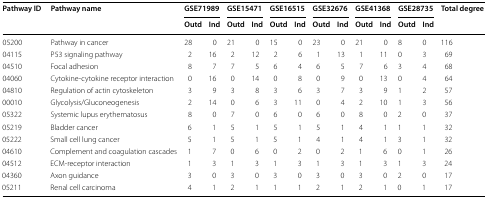
<table><thead><tr><td rowspan="2"><b>Pathway ID</b></td><td rowspan="2"><b>Pathway name</b></td><td colspan="2"><b>GSE71989</b></td><td colspan="2"><b>GSE15471</b></td><td colspan="2"><b>GSE16515</b></td><td colspan="2"><b>GSE32676</b></td><td colspan="2"><b>GSE41368</b></td><td colspan="2"><b>GSE28735</b></td><td rowspan="2"><b>Total degree</b></td></tr><tr><td><b>Outd</b></td><td><b>Ind</b></td><td><b>Outd</b></td><td><b>Ind</b></td><td><b>Outd</b></td><td><b>Ind</b></td><td><b>Outd</b></td><td><b>Ind</b></td><td><b>Outd</b></td><td><b>Ind</b></td><td><b>Outd</b></td><td><b>Ind</b></td></tr></thead><tbody><tr><td>05200</td><td>Pathway in cancer</td><td>28</td><td>0</td><td>21</td><td>0</td><td>15</td><td>0</td><td>23</td><td>0</td><td>21</td><td>0</td><td>8</td><td>0</td><td>116</td></tr><tr><td>04115</td><td>P53 signaling pathway</td><td>2</td><td>16</td><td>2</td><td>12</td><td>2</td><td>6</td><td>1</td><td>13</td><td>1</td><td>11</td><td>0</td><td>3</td><td>69</td></tr><tr><td>04510</td><td>Focal adhesion</td><td>8</td><td>7</td><td>7</td><td>5</td><td>6</td><td>4</td><td>6</td><td>5</td><td>7</td><td>6</td><td>3</td><td>4</td><td>68</td></tr><tr><td>04060</td><td>Cytokine-cytokine receptor interaction</td><td>0</td><td>16</td><td>0</td><td>14</td><td>0</td><td>8</td><td>0</td><td>9</td><td>0</td><td>13</td><td>0</td><td>4</td><td>64</td></tr><tr><td>04810</td><td>Regulation of actin cytoskeleton</td><td>3</td><td>9</td><td>3</td><td>8</td><td>3</td><td>6</td><td>3</td><td>7</td><td>3</td><td>9</td><td>1</td><td>2</td><td>57</td></tr><tr><td>00010</td><td>Glycolysis/Gluconeogenesis</td><td>2</td><td>14</td><td>0</td><td>6</td><td>3</td><td>11</td><td>0</td><td>4</td><td>2</td><td>10</td><td>1</td><td>3</td><td>56</td></tr><tr><td>05322</td><td>Systemic lupus erythematosus</td><td>8</td><td>0</td><td>7</td><td>0</td><td>6</td><td>0</td><td>6</td><td>0</td><td>8</td><td>0</td><td>2</td><td>0</td><td>37</td></tr><tr><td>05219</td><td>Bladder cancer</td><td>6</td><td>1</td><td>5</td><td>1</td><td>5</td><td>1</td><td>5</td><td>1</td><td>4</td><td>1</td><td>1</td><td>1</td><td>32</td></tr><tr><td>05222</td><td>Small cell lung cancer</td><td>5</td><td>1</td><td>5</td><td>1</td><td>5</td><td>1</td><td>4</td><td>1</td><td>4</td><td>1</td><td>3</td><td>1</td><td>32</td></tr><tr><td>04610</td><td>Complement and coagulation cascades</td><td>1</td><td>7</td><td>0</td><td>6</td><td>0</td><td>2</td><td>0</td><td>2</td><td>1</td><td>6</td><td>0</td><td>1</td><td>26</td></tr><tr><td>04512</td><td>ECM-receptor interaction</td><td>1</td><td>3</td><td>1</td><td>3</td><td>1</td><td>3</td><td>1</td><td>3</td><td>1</td><td>3</td><td>1</td><td>3</td><td>24</td></tr><tr><td>04360</td><td>Axon guidance</td><td>3</td><td>0</td><td>3</td><td>0</td><td>3</td><td>0</td><td>3</td><td>0</td><td>3</td><td>0</td><td>2</td><td>0</td><td>17</td></tr><tr><td>05211</td><td>Renal cell carcinoma</td><td>4</td><td>1</td><td>2</td><td>1</td><td>1</td><td>1</td><td>2</td><td>1</td><td>2</td><td>1</td><td>0</td><td>1</td><td>17</td></tr></tbody></table>